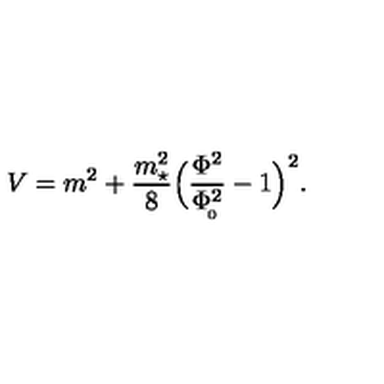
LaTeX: V = m ^ { 2 } + { \frac { m _ { \star } ^ { 2 } } { 8 } } \Big ( { \frac { \Phi ^ { 2 } } { \Phi _ { \! _ { 0 } } ^ { 2 } } } - 1 \Big ) ^ { 2 } .